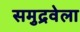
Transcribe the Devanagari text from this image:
समुद्रवेला